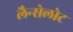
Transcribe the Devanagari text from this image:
लैन्सेलोट